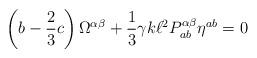
LaTeX: \begin{align*}\left(b - \frac{2}{3} c \right) \Omega^{\alpha \beta} + \frac{1}{3} \gamma k \ell^{2} P^{\alpha \beta}_{ab} \eta^{ab} = 0 \end{align*}